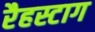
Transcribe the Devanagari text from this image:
रैहस्टाग